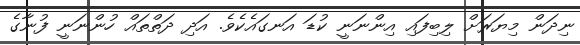
ނިދަން މިޔަރަށް ލިބިފައި އިންނަނީ ކުޑަ އަނގައެކެވެ. އަދި ދަތްތައް ހުންނަނީ ފުނާގެ